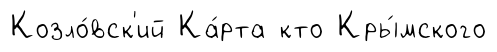
Козло́вск'ий Ка́рта кто Кры́мского